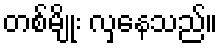
တစ်မျိုး လှနေသည်။